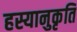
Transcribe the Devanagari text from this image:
हस्यानुकृति